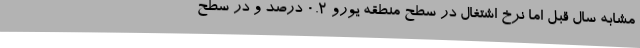
مشابه سال قبل اما نرخ اشتغال در سطح منطقه یورو 0.2 درصد و در سطح